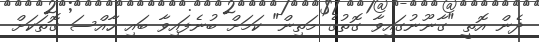
ދެން އޮތީ "ގާނޫނުގައިވާ ގޮތުގެ މަތިން" ކަމަށް ބުނެފައިވާ ބައި ހާއްސަ ގޮތަކަށް